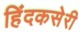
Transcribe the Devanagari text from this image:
हिंदकसेरी